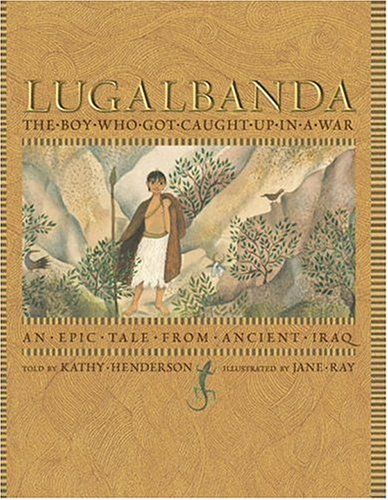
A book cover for Lugalbanda: The Boy Who Got Caught Up in a War: An Epic Tale From Ancient Iraq (Aesop Prize (Awards)); Kathy Henderson; Children's Books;